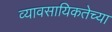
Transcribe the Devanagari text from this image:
व्यावसायिकतेच्या